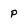
Character: P